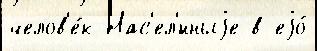
челов'е́к Нас'ел'́нныjе в еjо́